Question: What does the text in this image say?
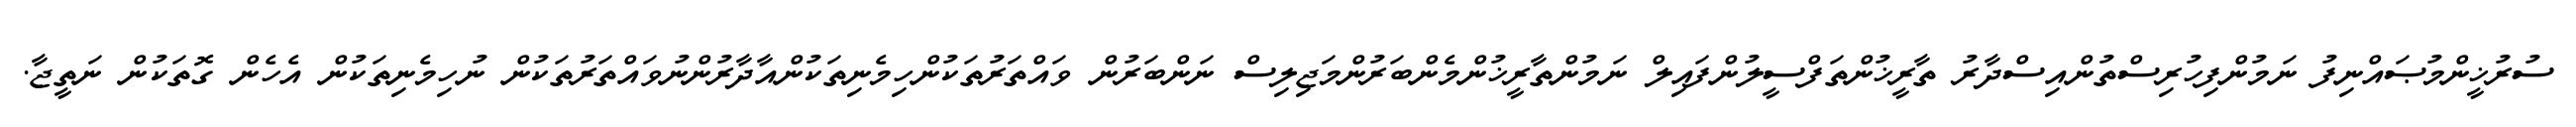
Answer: ސުރުޚީންމުޞައްނިފު ނަމުންފިހުރިސްތުންއިސްދާރު ތާރީޚުންތަފްސީލުންފައިލް ނަމުންތާރީޚުންމެންބަރުންމަޖިލިސް ނަންބަރުން ވައްތަރުތަކުންހިމެނިތަކުންއާދާރުންނުވައްތަރުތަކުން ނުހިމެނިތަކުން އެހެން ގޮތަކުން ނަތީޖާ.